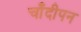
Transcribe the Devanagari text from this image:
चाँदीपन